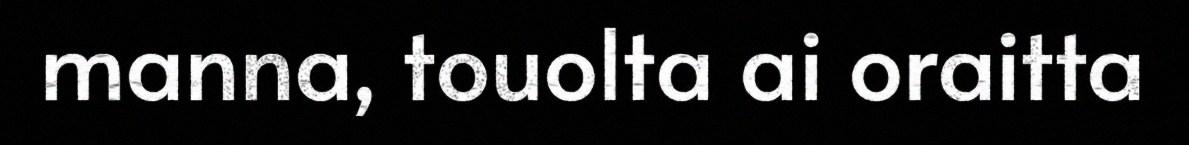
manna, touolta ai oraitta